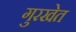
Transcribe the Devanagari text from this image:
गुरखेत